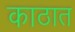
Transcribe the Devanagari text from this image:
काठात